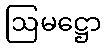
ဩမဋ္ဌော